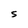
Character: S